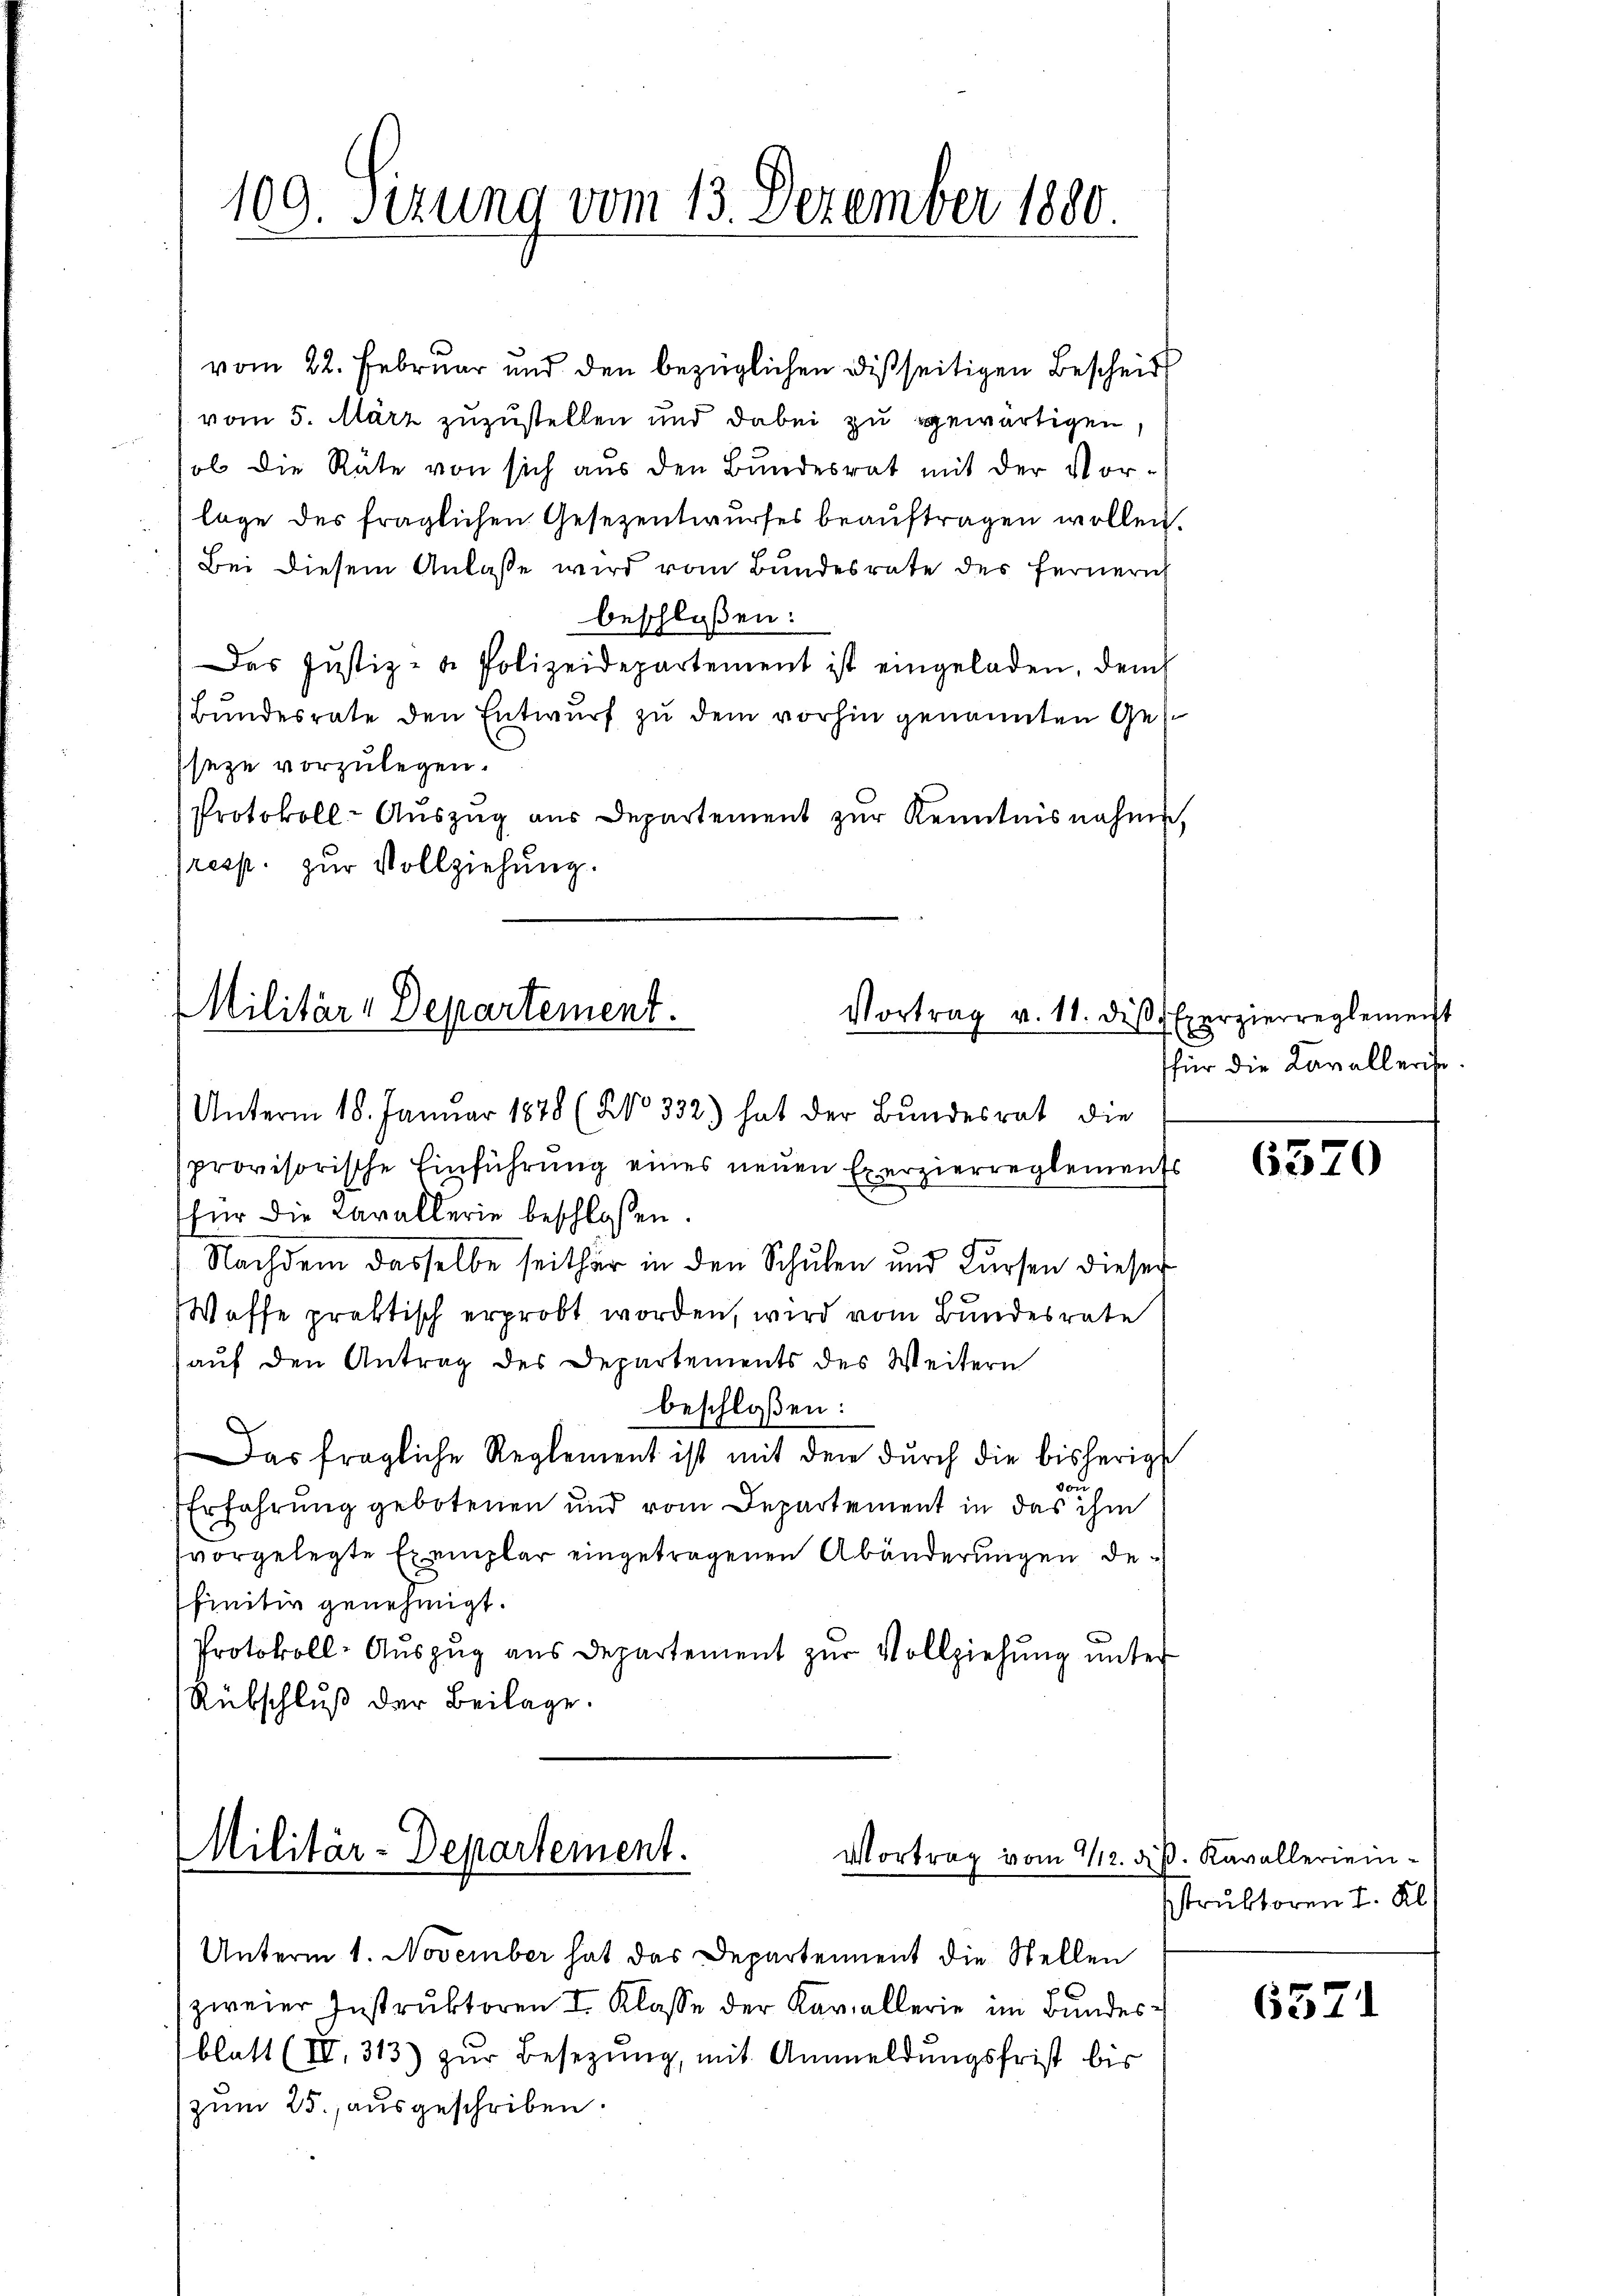
109. Sizung vom 13. Dezember 1880

vom 22. Februar und den bezüglichen Disseitigen Bescheid
vom 5. März zuzustellen und dabei zu gewärtigen,
ob die Rüte von sich aus den Bundesrat mit der Vor-
lage des fraglichen Gesezentwurfes beauftragen wollen.
Bei diesem Anlasse wird vom Bundesrate des Fernern
beschloßen:
Das Justiz- & Polizeidepartement ist eingeladen, dem
Bŭndesrate den Entwurf zu dem vorhin genannten Ges
seze vorzulegen.
Protokoll-Aŭszŭg aŭs Departement zŭr Kenntnisnahme,
resp. zur Vollziehung.

MMilitär-Departement.
Vortrag v. 11. diβ.
Unterm 18. Januar 1878 (No 332) hat der Bundesrat die

Militär-Departement.
Vortrag vom 1/12. dß. Kavallerien¬

provisorische Einführŭng eines neuen Exerzierreglements
für die Cavallerie beschlossen:
Nachdem dasselbe seither in den Schulen und Fürsten dieser
Waffe praktisch erprobt worden, wird vom Bundesrate
aŭf den Antrag des Departements des Weitern
beschloßen:
Das fragliche Reglement ist mit dem dŭrch die bisherig
von
Erfahrung gebotenen und vom Departement in das ihm
vorgelegte Exemplar eingetragenen Abänderungen definitiv genehmigt.
Protokoll- Aŭszŭg aŭs Departement zŭr Vollziehŭng ŭnter
Rübschluß der Beilage.

Unterm 1. November hat das Departement die Stellen
zweier Instruktoren I. Klasse der Kavallerie im Bundesblatt (IV. 313) zŭr Besetzung, mit Anmeldungsfrist bis
zum 25. ausgeschriben.

Exerzierreglemenst
für die Kavallerist

6520

struktoren I. Kl

6571